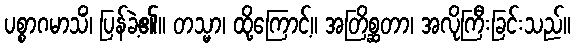
ပစ္စာဂမာသိံ၊ ပြန်ခဲ့၏။ တသ္မာ၊ ထို့ကြောင့်။ အတြိစ္ဆတာ၊ အလိုကြီးခြင်းသည်။